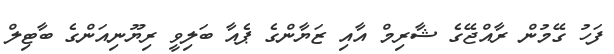
ފަހު ގޭމުން ރާއްޖޭގެ ޝާރިމް އާއި ޒަޔާންގެ ޕެއާ ބަލިވީ ރިޔޫނިއަންގެ ބާޓިލް